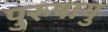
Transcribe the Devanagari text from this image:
पुरुषायु